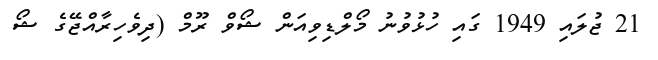
21 ޖުލައި 1949 ގައި ހުޅުވުނު މޯލްޑިވިއަން ޝޯވް ރޫމް (ދިވެހިރާއްޖޭގެ ޝޯ